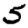
Digit: 5